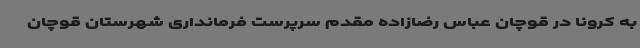
به کرونا در قوچان عباس رضازاده مقدم سرپرست فرمانداری شهرستان قوچان